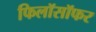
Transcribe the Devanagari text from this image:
फिलॉसॉफर